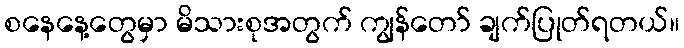
စနေနေ့တွေမှာ မိသားစုအတွက် ကျွန်တော် ချက်ပြုတ်ရတယ်။